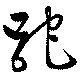
跎